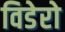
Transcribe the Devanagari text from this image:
विडेरो